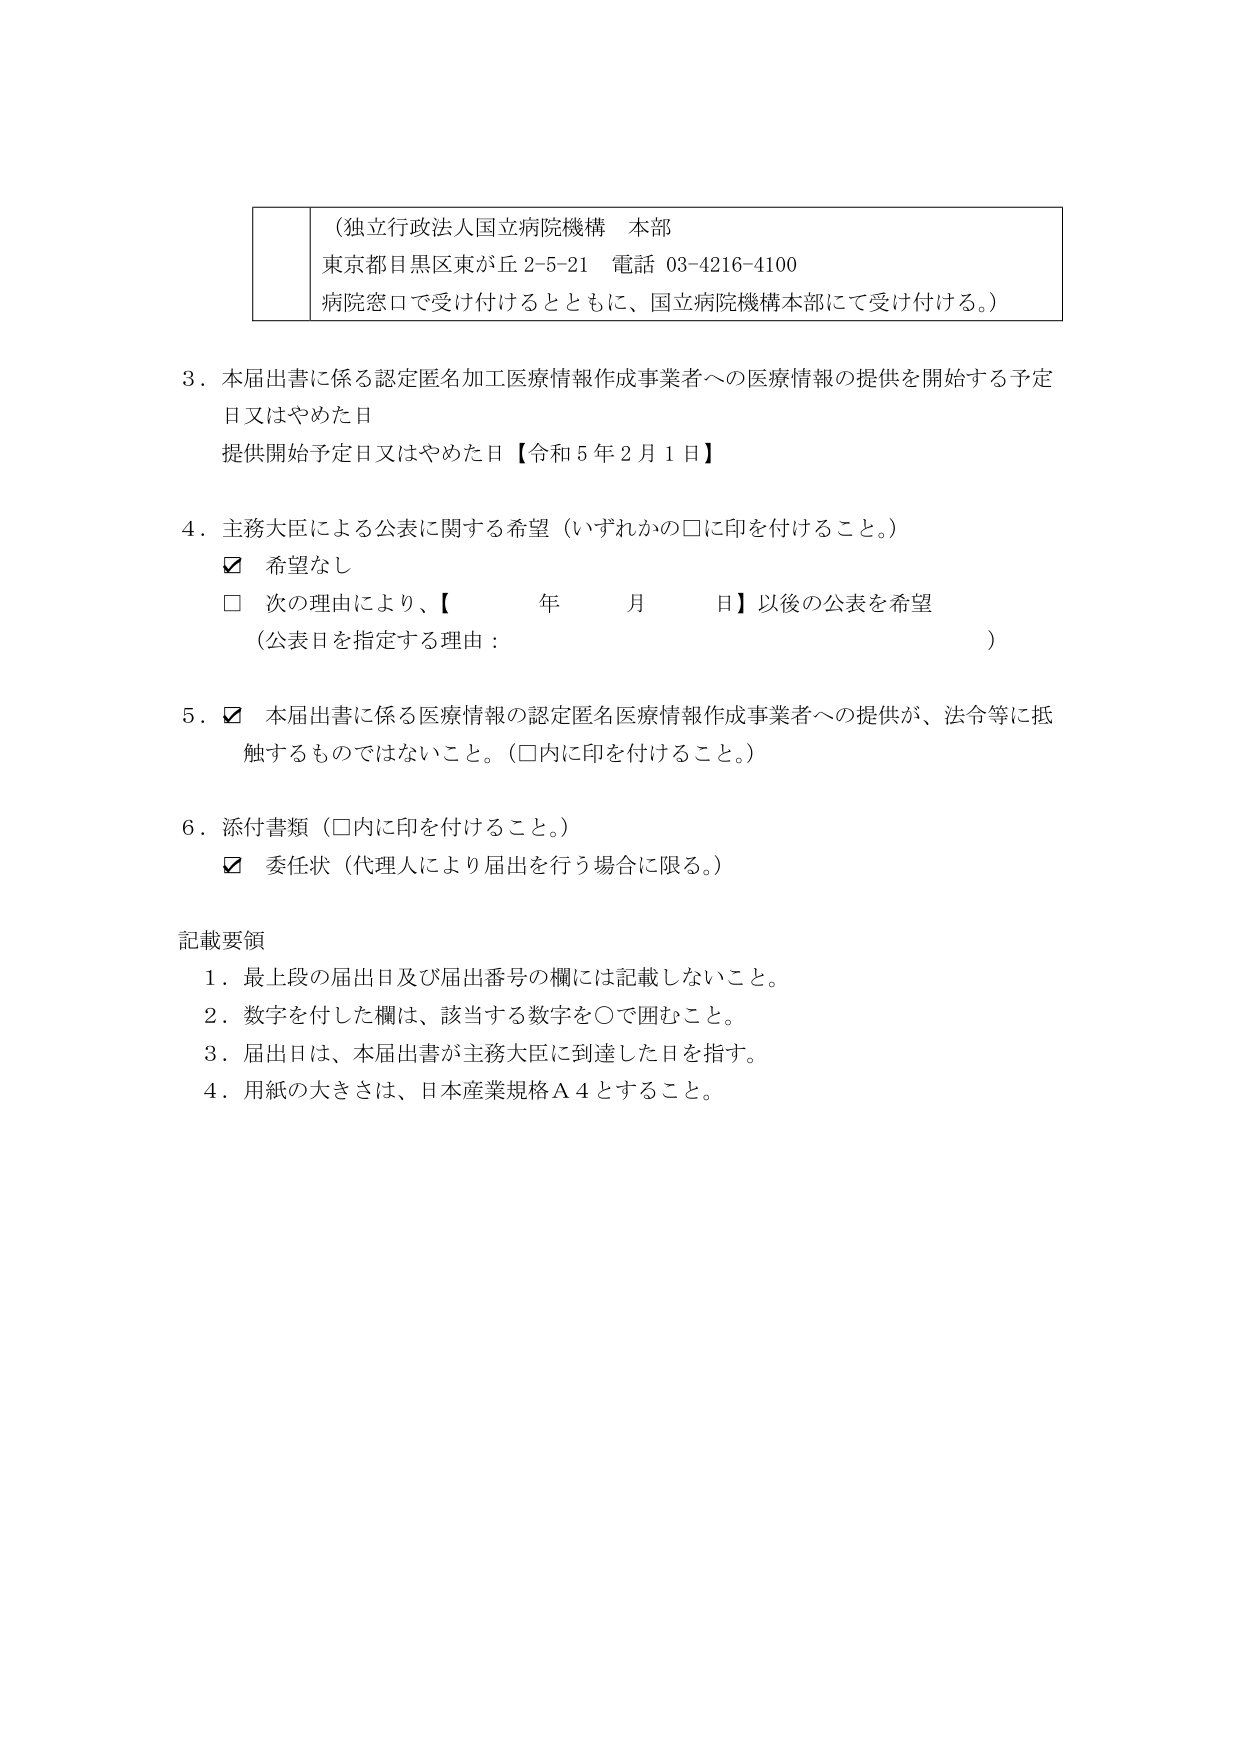
（独立行政法人国立病院機構 本部
東京都目黒区東が丘 2-5-21 電話 03-4216-4100
病院窓口で受け付けるとともに、国立病院機構本部にて受け付ける。）

3．本届出書に係る認定匿名加工医療情報作成事業者への医療情報の提供を開始する予定日又はやめた日
提供開始予定日又はやめた日【令和5年2月1日】

4．主務大臣による公表に関する希望（いずれかの□に印を付けること。）
☑ 希望なし
□ 次の理由により、【　　　年　　　月　　　日】以後の公表を希望
（公表日を指定する理由：　　　　　　　　　　　　　　　　　　　　　　）

5．☑ 本届出書に係る医療情報の認定匿名医療情報作成事業者への提供が、法令等に抵触するものではないこと。（□内に印を付けること。）

6．添付書類（□内に印を付けること。）
☑ 委任状（代理人により届出を行う場合に限る。）

記載要領
1．最上段の届出日及び届出番号の欄には記載しないこと。
2．数字を付した欄は、該当する数字を○で囲むこと。
3．届出日は、本届出書が主務大臣に到達した日を指す。
4．用紙の大きさは、日本産業規格Ａ４とすること。